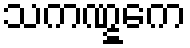
သကဏ္ဋကေ